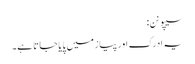
سیپو نن:
یہ ادرک اور پیاز میں پایا جاتا ہے۔